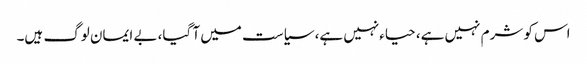
اس کو شرم نہیں ہے، حیاءنہیں ہے، سیاست میں آ گیا، بے ایمان لوگ ہیں۔